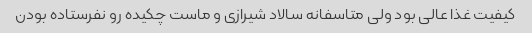
کیفیت غذا عالی بود ولی متاسفانه سالاد شیرازی و ماست چکیده رو نفرستاده بودن